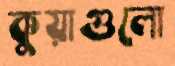
কুয়াগুলো